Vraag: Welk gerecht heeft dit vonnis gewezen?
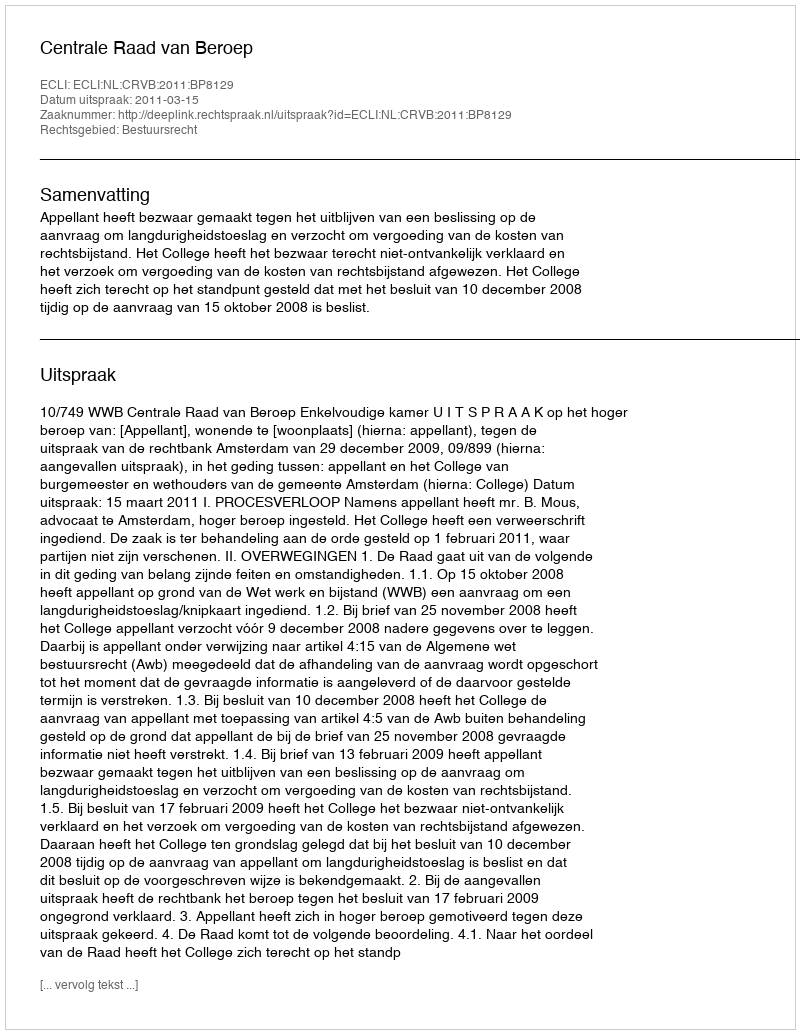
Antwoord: Centrale Raad van Beroep